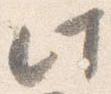
此